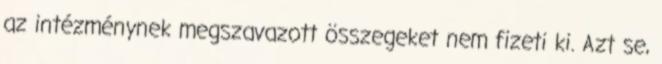
az intézménynek megszavazott összegeket nem fizeti ki. Azt se,